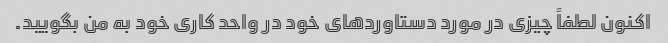
اکنون لطفاً چیزی در مورد دستاوردهای خود در واحد کاری خود به من بگویید.